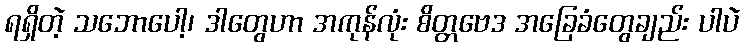
ရရှိတဲ့ သဘောပေါ့၊ ဒါတွေဟာ အကုန်လုံး စိတ္တဗေဒ အခြေခံတွေချည်း ပါပဲ